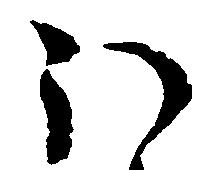
ほ